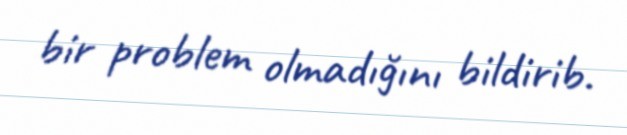
bir problem olmadığını bildirib.